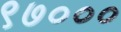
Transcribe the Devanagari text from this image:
९७०००